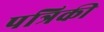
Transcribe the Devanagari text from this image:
पत्रिकी